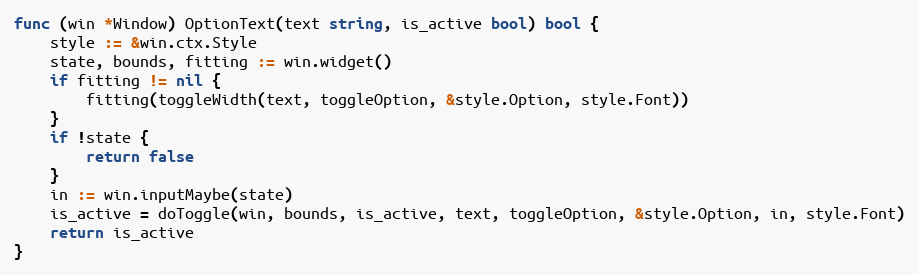
Language: Go
func (win *Window) OptionText(text string, is_active bool) bool {
	style := &win.ctx.Style
	state, bounds, fitting := win.widget()
	if fitting != nil {
		fitting(toggleWidth(text, toggleOption, &style.Option, style.Font))
	}
	if !state {
		return false
	}
	in := win.inputMaybe(state)
	is_active = doToggle(win, bounds, is_active, text, toggleOption, &style.Option, in, style.Font)
	return is_active
}